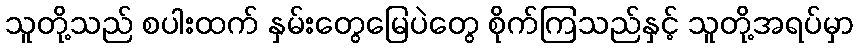
သူတို့သည် စပါးထက် နှမ်းတွေမြေပဲတွေ စိုက်ကြသည်နှင့် သူတို့အရပ်မှာ